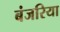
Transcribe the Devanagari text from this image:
बंजरिया